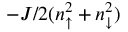
- J / 2 ( n _ { \uparrow } ^ { 2 } + n _ { \downarrow } ^ { 2 } )